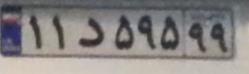
۱۱د۵۹۵۹۹